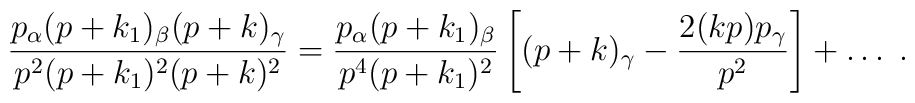
\frac{p_{\alpha} ( p + k_1 )_{\beta} ( p+ k )_{\gamma}}{p^2 ( p + k_1 )^2 ( p + k )^2} =  \frac{p_{\alpha} ( p + k_1 )_{\beta}}{p^4 ( p + k_1 )^2} \left[ ( p + k )_{\gamma} - \frac{2 ( k p ) p_{\gamma}}{p^2} \right] + \ldots \; .